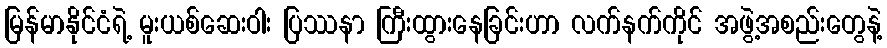
မြန်မာနိုင်ငံရဲ့ မူးယစ်ဆေးဝါး ပြဿနာ ကြီးထွားနေခြင်းဟာ လက်နက်ကိုင် အဖွဲ့အစည်းတွေနဲ့